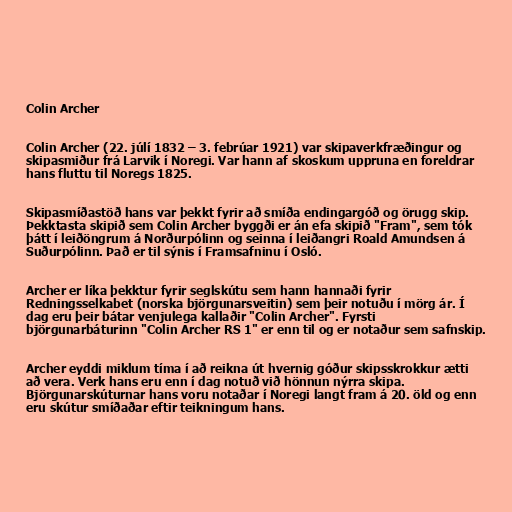
Colin Archer

Colin Archer (22. júlí 1832 – 3. febrúar 1921) var skipaverkfræðingur og
skipasmiður frá Larvik í Noregi. Var hann af skoskum uppruna en foreldrar
hans fluttu til Noregs 1825.

Skipasmíðastöð hans var þekkt fyrir að smíða endingargóð og örugg skip.
Þekktasta skipið sem Colin Archer byggði er án efa skipið "Fram", sem tók
þátt í leiðöngrum á Norðurpólinn og seinna í leiðangri Roald Amundsen á
Suðurpólinn. Það er til sýnis í Framsafninu í Osló.

Archer er líka þekktur fyrir seglskútu sem hann hannaði fyrir
Redningsselkabet (norska björgunarsveitin) sem þeir notuðu í mörg ár. Í
dag eru þeir bátar venjulega kallaðir "Colin Archer". Fyrsti
björgunarbáturinn "Colin Archer RS 1" er enn til og er notaður sem safnskip.

Archer eyddi miklum tíma í að reikna út hvernig góður skipsskrokkur ætti
að vera. Verk hans eru enn í dag notuð við hönnun nýrra skipa.
Björgunarskúturnar hans voru notaðar í Noregi langt fram á 20. öld og enn
eru skútur smíðaðar eftir teikningum hans.